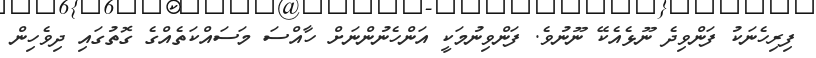
ފިރިހެނަކު ފަންވިދެ ނޫޅެއެކޭ ނޫނުވެ. ފަންވިނުމަކީ އަންހެނުންނަށް ހާއްސަ މަސައްކަތެއްގެ ގޮތުގައި ދިވެހިން